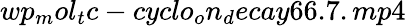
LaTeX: wp_{m}ol_{t}c-cyclo_{o}n_{d}ecay66.7.mp4